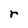
Character: r